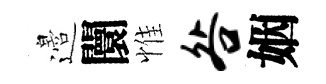
邉闤惟咎姻